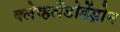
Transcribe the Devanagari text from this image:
क्लेव्हलँडोडेंड्रोन